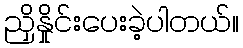
ညှိနှိုင်းပေးခဲ့ပါတယ်။